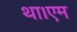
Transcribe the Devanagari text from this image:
था।एम